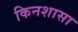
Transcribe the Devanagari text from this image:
किनशासा